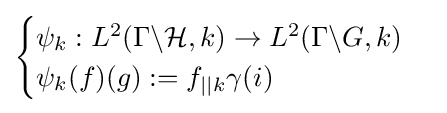
{\begin{cases}\psi _{k}:L^{2}(\Gamma \backslash {\mathcal {H}},k)\to L^{2}(\Gamma \backslash G,k)\\\psi _{k}(f)(g):=f_{||k}\gamma (i)\end{cases}}